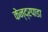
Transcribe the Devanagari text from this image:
केन्द्रपाडा